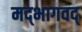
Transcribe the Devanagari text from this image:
मद्‌भागवद्‌